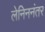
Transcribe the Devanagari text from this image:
लेनिननंतर